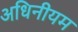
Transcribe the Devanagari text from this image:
अधिनीयम